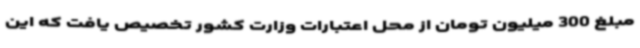
مبلغ 300 میلیون تومان از محل اعتبارات وزارت کشور تخصیص یافت که این